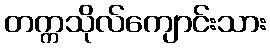
တက္ကသိုလ်ကျောင်းသား